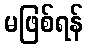
မဖြစ်ရန်